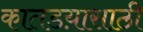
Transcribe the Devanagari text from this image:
कातडय़ासाठी